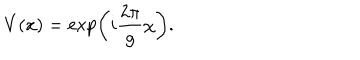
LaTeX: V ( x ) = \exp \left( i { \frac { 2 \pi } { g } } \chi \right) .